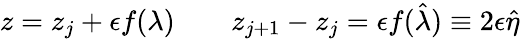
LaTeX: z=z_{j}+\epsilon f(\lambda)\qquad z_{j+1}-z_{j}=\epsilon f(\hat{\lambda})\equiv 2\epsilon\hat{\eta}